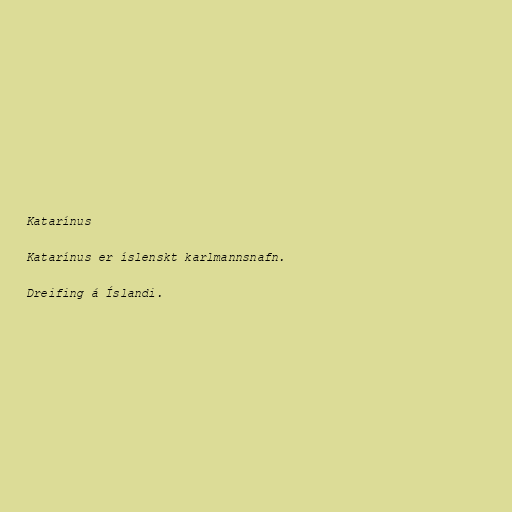
Katarínus

Katarínus er íslenskt karlmannsnafn.

Dreifing á Íslandi.